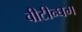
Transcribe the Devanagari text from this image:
वीटीन्घम